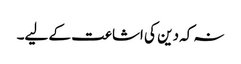
نہ کہ دین کی اشاعت کے لیے۔